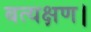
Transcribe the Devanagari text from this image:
बत्यक्षण।